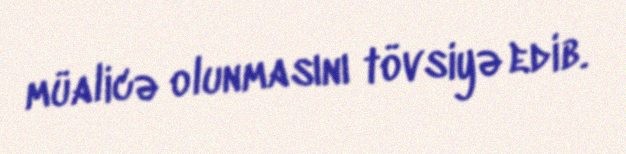
müalicə olunmasını tövsiyə edib.